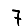
Digit: 7